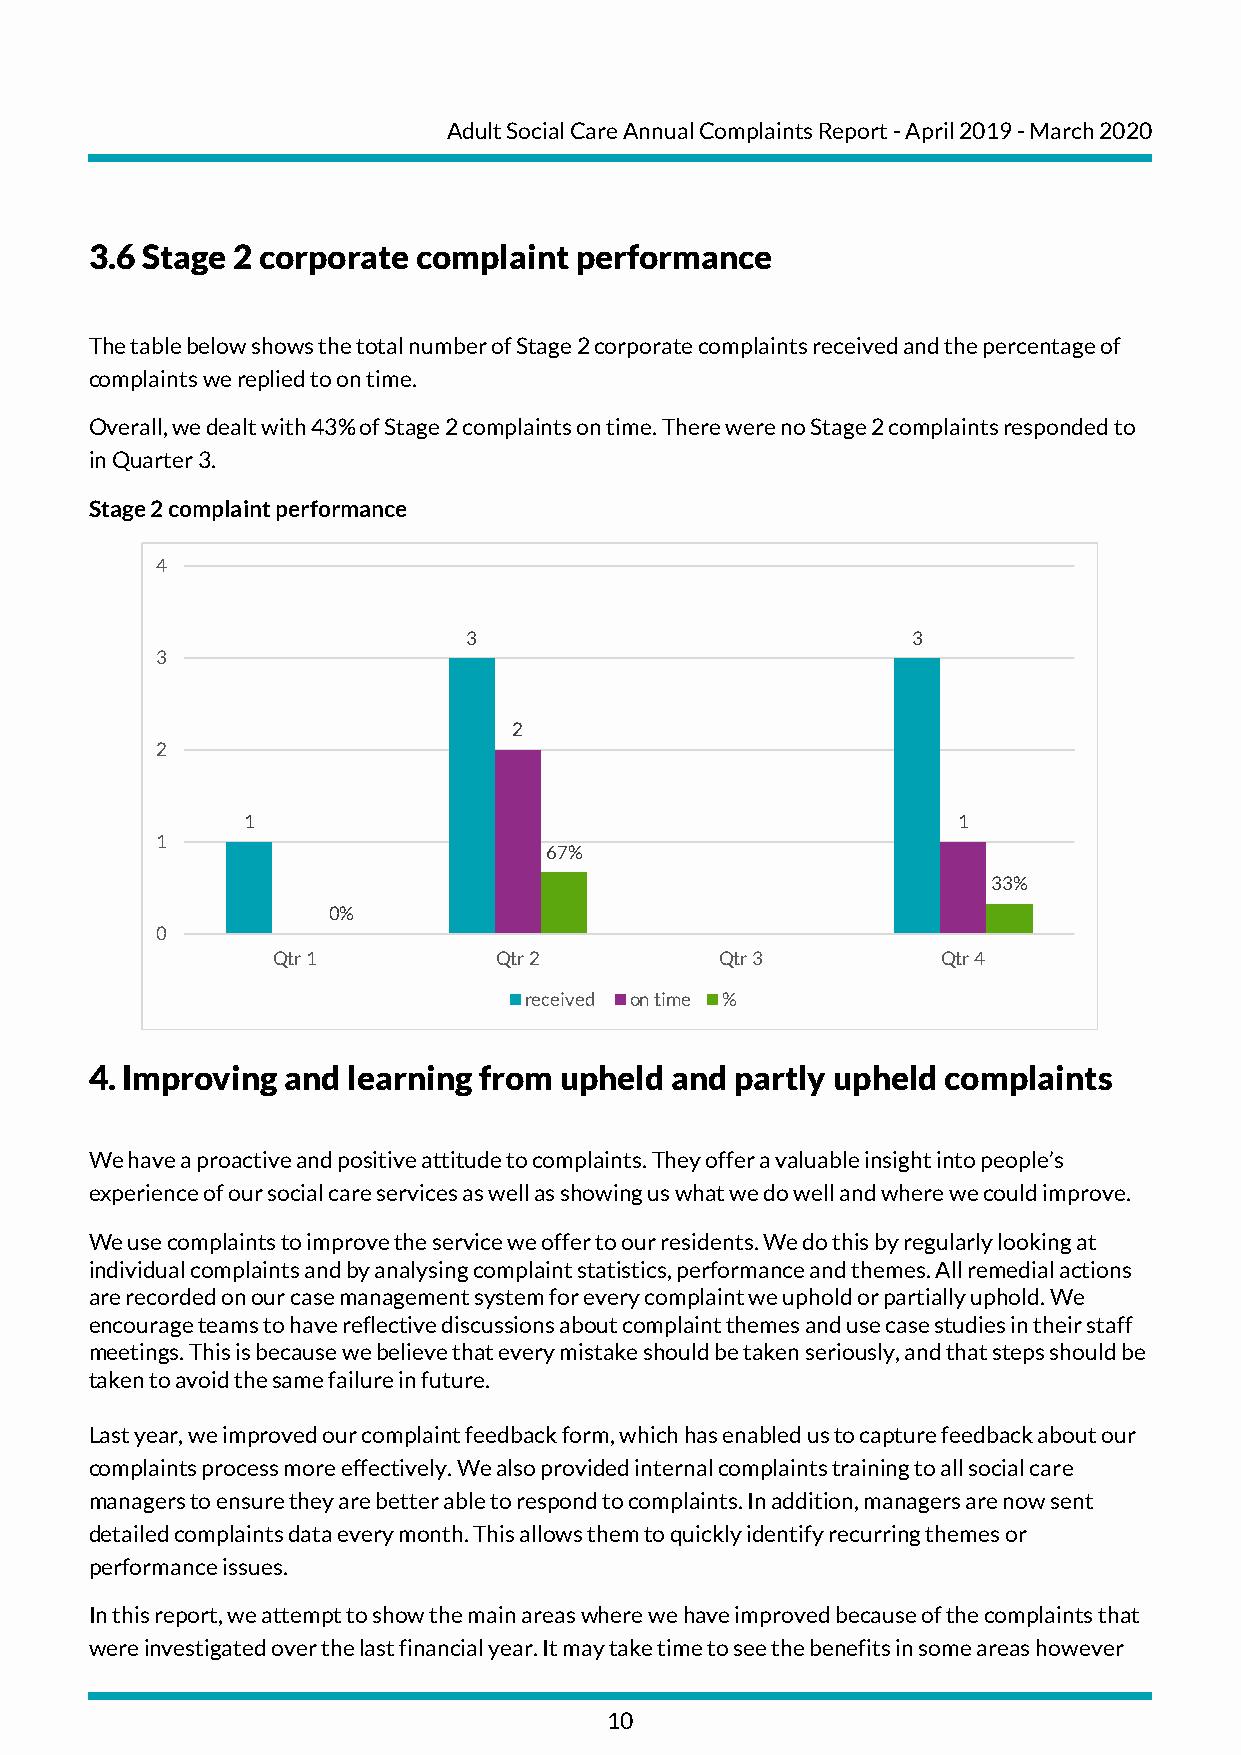
Adult Social Care Annual Complaints Report - April 2019 - March 2020
 3.6 Stage 2 corporate complaint performance
 The table below shows the total number of Stage 2 corporate complaints received and the percentage of
 complaints we replied to on time.
 Overall, we dealt with 43% of Stage 2 complaints on time. There were no Stage 2 complaints responded to
 in Quarter 3.
 Stage 2 complaint performance
 4
 3                            3
 3
 2
 2
 1                                              1
 1
 67%
 33%
 0%
 0
 Qtr 1          Qtr 2          Qtr 3         Qtr 4
 received on time %
 4. Improving and learning from upheld and  partly upheld complaints
 We have a proactive and positive attitude to complaints. They offer a valuable insight into people’s
 experience of our social care services as well as showing us what we do well and where we could improve.
 We use complaints to improve the service we offer to our residents. We do this by regularly looking at
 individual complaints and by analysing complaint statistics, performance and themes. All remedial actions
 are recorded on our case management system for every complaint we uphold or partially uphold. We
 encourage teams to have reflective discussions about complaint themes and use case studies in their staff
 meetings. This is because we believe that every mistake should be taken seriously, and that steps should be
 taken to avoid the same failure in future.
 Last year, we improved our complaint feedback form, which has enabled us to capture feedback about our
 complaints process more effectively. We also provided internal complaints training to all social care
 managers to ensure they are better able to respond to complaints. In addition, managers are now sent
 detailed complaints data every month. This allows them to quickly identify recurring themes or
 performance issues.
 In this report, we attempt to show the main areas where we have improved because of the complaints that
 were investigated over the last financial year. It may take time to see the benefits in some areas however
 10